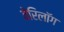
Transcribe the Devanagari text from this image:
वेरिलॉग